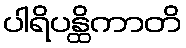
ပါရိပန္ထိကာတိ